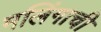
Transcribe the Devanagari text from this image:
मलिंगाची